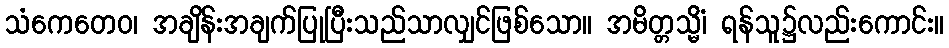
သံကေတေဝ၊ အချိန်းအချက်ပြုပြီးသည်သာလျှင်ဖြစ်သော။ အမိတ္တသ္မိံ၊ ရန်သူ၌လည်းကောင်း။